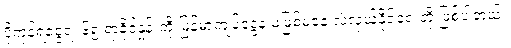
ပို့ကုန်ရငွေရဲ့ ၆၅ ရာခိုင်နှုန်းကို မြန်မာကျပ်ငွေနဲ့ မဖြစ်မနေ လဲလှယ်နိုင်ရေးတို့ ဖြစ်ပါတယ်။